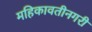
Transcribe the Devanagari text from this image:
महिकावतीनगरी